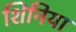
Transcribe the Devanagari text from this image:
शिनिया